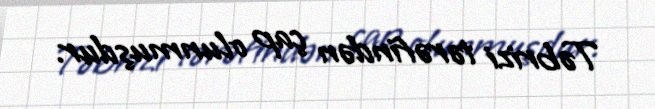
Təbrizi tərəfindən çap olunmuşdur.